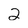
Character: 2